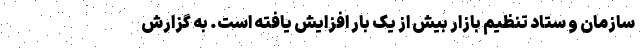
سازمان و ستاد تنظیم بازار بیش از یک بار افزایش یافته است. به گزارش